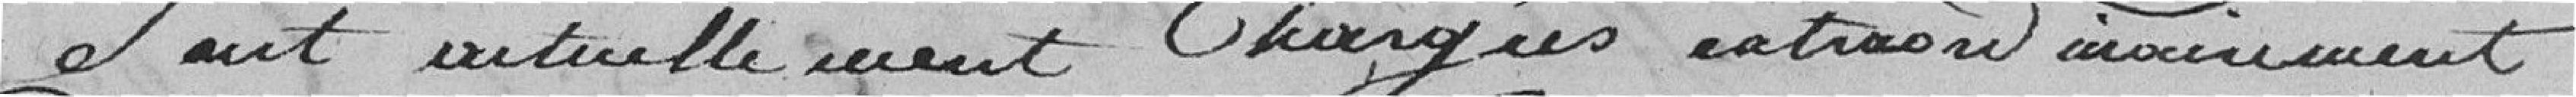
sont actuellement chargées extraordinairement